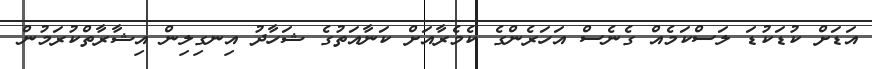
އަޑަށް ކުޑަކުޑަ ލަސްކަމެއް ގެނެސް އަހަރެންގެ ކެމެރާއަށް ކަނާއަތުގެ ޝަހާދު އިނގިލިން އިޝާރާތްކުރަމުން